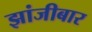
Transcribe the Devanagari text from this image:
झांजीबार